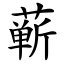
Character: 蕲